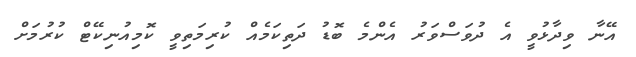
އޭނާ ވިދާޅުވީ އެ ދުވަސްވަރު އެންމެ ބޮޑު ދަތިކަމެއް ކުރިމަތިވީ ކޮމިއުނިކޭޓް ކުރުމަށް